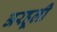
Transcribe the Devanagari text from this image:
अरहूली